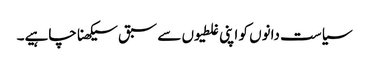
سیاست دانوں کو اپنی غلطیوں سے سبق سیکھنا چاہیے۔